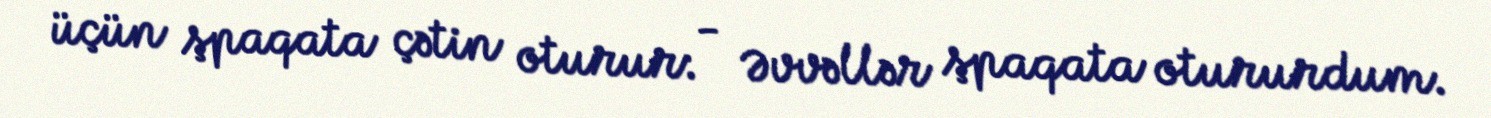
üçün şpaqata çətin oturur: - Əvvəllər şpaqata otururdum.